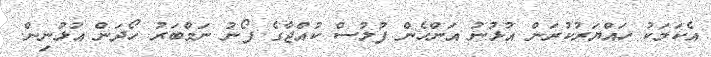
އެކަމަކު ހައްޔަރުކުރަން އުޅުނު އަންހެން ފުލުސް ކުއްޖާގެ ފޯނު ނަމްބަރު ހޯދަން އުޅުނިން.